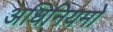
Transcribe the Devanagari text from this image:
अधिनियमो